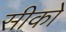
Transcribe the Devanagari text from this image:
सीको